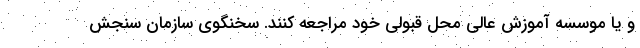
و یا موسسه آموزش عالی محل قبولی خود مراجعه کنند. سخنگوی سازمان سنجش